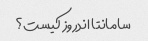
سامانتا اندروز کیست؟